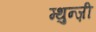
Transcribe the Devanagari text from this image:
म्थुन्ज़ी